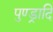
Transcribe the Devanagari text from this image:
पुण्ड्रादि